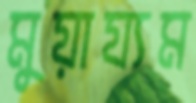
মুয়ায্যম